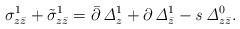
LaTeX: \begin{align*}\sigma^1_{z \bar z}+\tilde \sigma^1_{z \bar z}=\bar\partial\,{\it \Delta}_{z}^1+\partial\,{\it \Delta}_{\bar z}^1 - {\it s}\,{\it \Delta}_{z \bar z}^0.\end{align*}